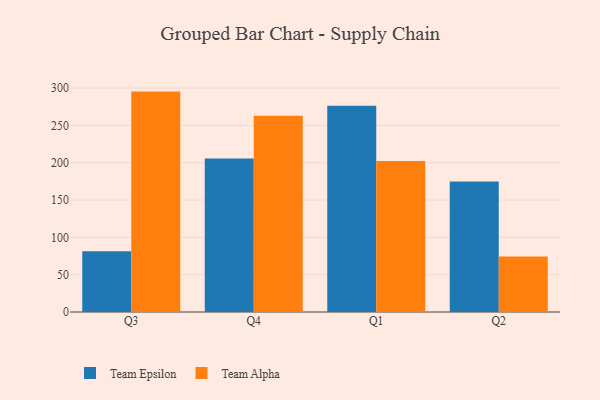
{"axis": {"x": "Quarter", "y": "Energy Usage (MWh)"}, "legend": ["Team Alpha", "Team Epsilon"], "data": [{"x": "Q3", "y": 81.3, "type": "Team Epsilon"}, {"x": "Q3", "y": 295.3, "type": "Team Alpha"}, {"x": "Q4", "y": 205.5, "type": "Team Epsilon"}, {"x": "Q4", "y": 262.8, "type": "Team Alpha"}, {"x": "Q1", "y": 276.2, "type": "Team Epsilon"}, {"x": "Q1", "y": 202.3, "type": "Team Alpha"}, {"x": "Q2", "y": 174.8, "type": "Team Epsilon"}, {"x": "Q2", "y": 74.5, "type": "Team Alpha"}]}